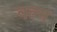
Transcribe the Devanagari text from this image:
वल्म